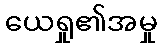
ယေရှု၏အမှု